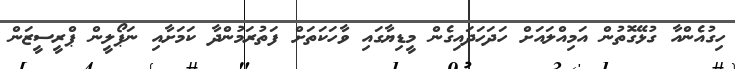
ހިގުއެންއާ ގުޅޭގޮތުން އަމިއްލައަށް ހަދަހަދައިގެން މީޑިޔާގައި ވާހަކަތަށް ފަތުރަމުންދާ ކަމަށާއި ނަޕޯލީން ޕްރީސީޒަން